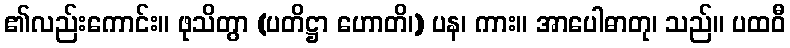
၏လည်းကောင်း။ ဖုသိတွာ (ပတိဋ္ဌာ ဟောတိ၊) ပန၊ ကား။ အာပေါဓာတု၊ သည်။ ပထဝီ